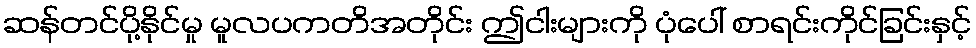
ဆန်တင်ပို့နိုင်မှု မူလပကတိအတိုင်း ဤငါးများကို ပုံပေါ် စာရင်းကိုင်ခြင်းနှင့်